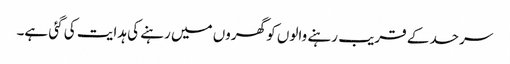
سرحد کے قریب رہنے والوں کو گھروں میں رہنے کی ہدایت کی گئی ہے۔